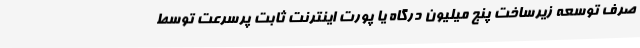
صرف توسعه زیرساخت پنج میلیون درگاه یا پورت اینترنت ثابت پرسرعت توسط